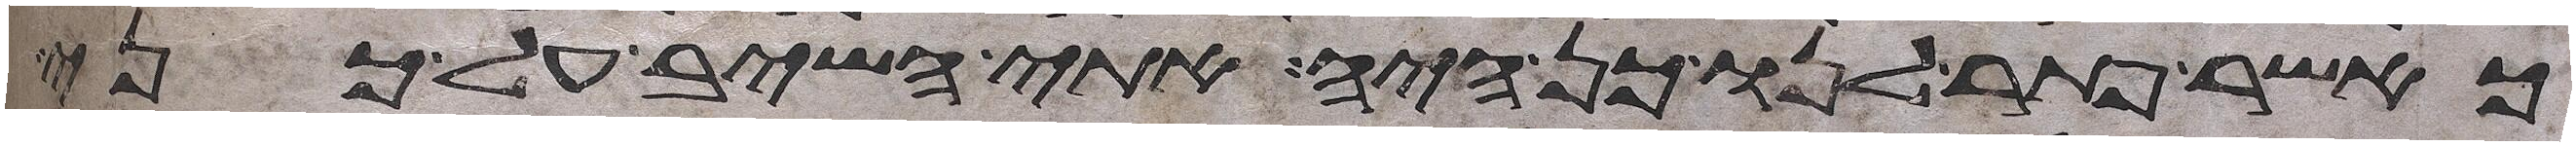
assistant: כאשר פתר לנו כן היה אתי השיב על כני